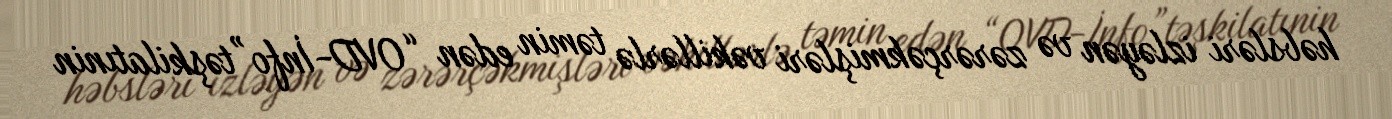
həbsləri izləyən və zərərçəkmişləri vəkillərlə təmin edən “OVD-İnfo”təşkilatınin